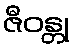
ဇီဝန္တု